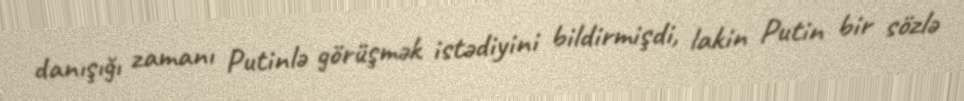
danışığı zamanı Putinlə görüşmək istədiyini bildirmişdi, lakin Putin bir sözlə